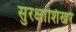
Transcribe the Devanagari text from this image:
सुरक्षाशिखर